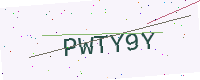
Text: PWTY9Y